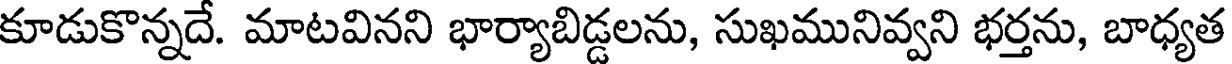
కూడుకొన్నదే. మాటవినని భార్యాబిడ్డలను, సుఖమునివ్వని భర్తను, బాధ్యత